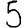
Digit: 5